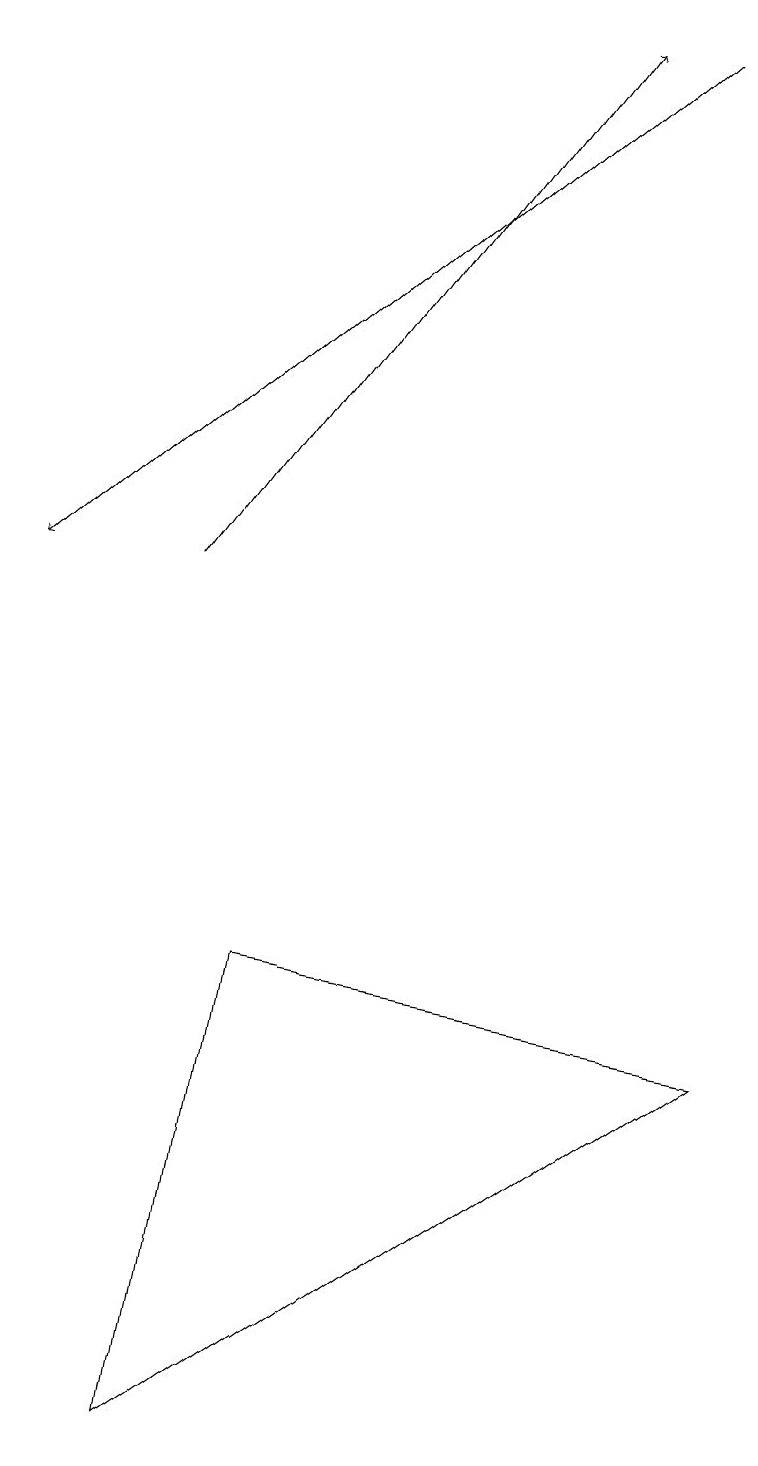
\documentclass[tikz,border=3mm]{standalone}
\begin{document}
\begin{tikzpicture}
\draw[->] (8,18) -- (0,11);
\draw[->] (2,11) -- (7,18);
\draw (9,5) -- (2,0) -- (3,6) -- cycle;
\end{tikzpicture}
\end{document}